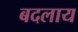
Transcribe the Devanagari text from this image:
बदलाय